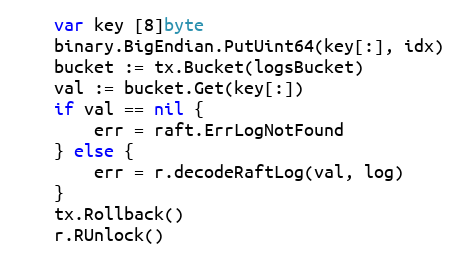
Language: Go
	var key [8]byte
	binary.BigEndian.PutUint64(key[:], idx)
	bucket := tx.Bucket(logsBucket)
	val := bucket.Get(key[:])
	if val == nil {
		err = raft.ErrLogNotFound
	} else {
		err = r.decodeRaftLog(val, log)
	}
	tx.Rollback()
	r.RUnlock()